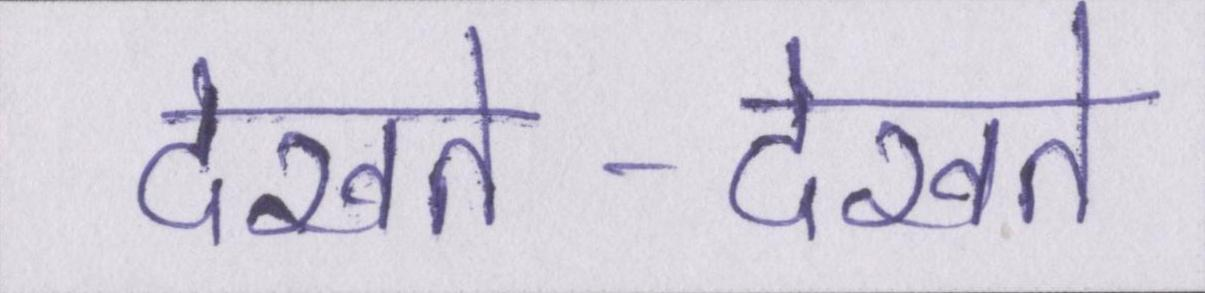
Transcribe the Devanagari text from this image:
देखते-देखते